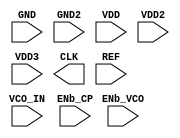


`timescale 1ns / 1ps
`default_nettype none


(*blackbox*)
module avsdpll_1v8 ( 
                    GND,
                    GND2,
                    VDD,
                    VDD2,
                    VDD3,                       
                    
                    CLK, 
                    VCO_IN,
                 // B_VCO,
                 // B_CP, 
                    ENb_CP, 
                    ENb_VCO, 
                    REF
                 // B 
                   );

  input GND;
  input ENb_VCO;
  input ENb_CP;
  //output B_VCO;
  //output B_CP;
  input GND2;
  input VDD2;
  input VDD3;
  input VCO_IN;
  output CLK;
  input REF;
  //input  [3:0] B;
  input VDD;

endmodule